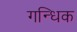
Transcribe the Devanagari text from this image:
गन्धिक